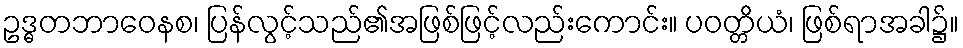
ဥဒ္ဓတဘာဝေနစ၊ ပြန်လွင့်သည်၏အဖြစ်ဖြင့်လည်းကောင်း။ ပဝတ္တိယံ၊ ဖြစ်ရာအခါ၌။